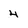
Character: 4